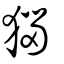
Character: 㺁